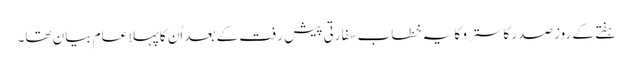
ہفتے کے روز صدر کاسترو کا یہ خطاب سفارتی پیش رفت کے بعد اُن کا پہلا عام بیان تھا۔